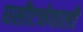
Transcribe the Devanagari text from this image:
घसीटनेवाली